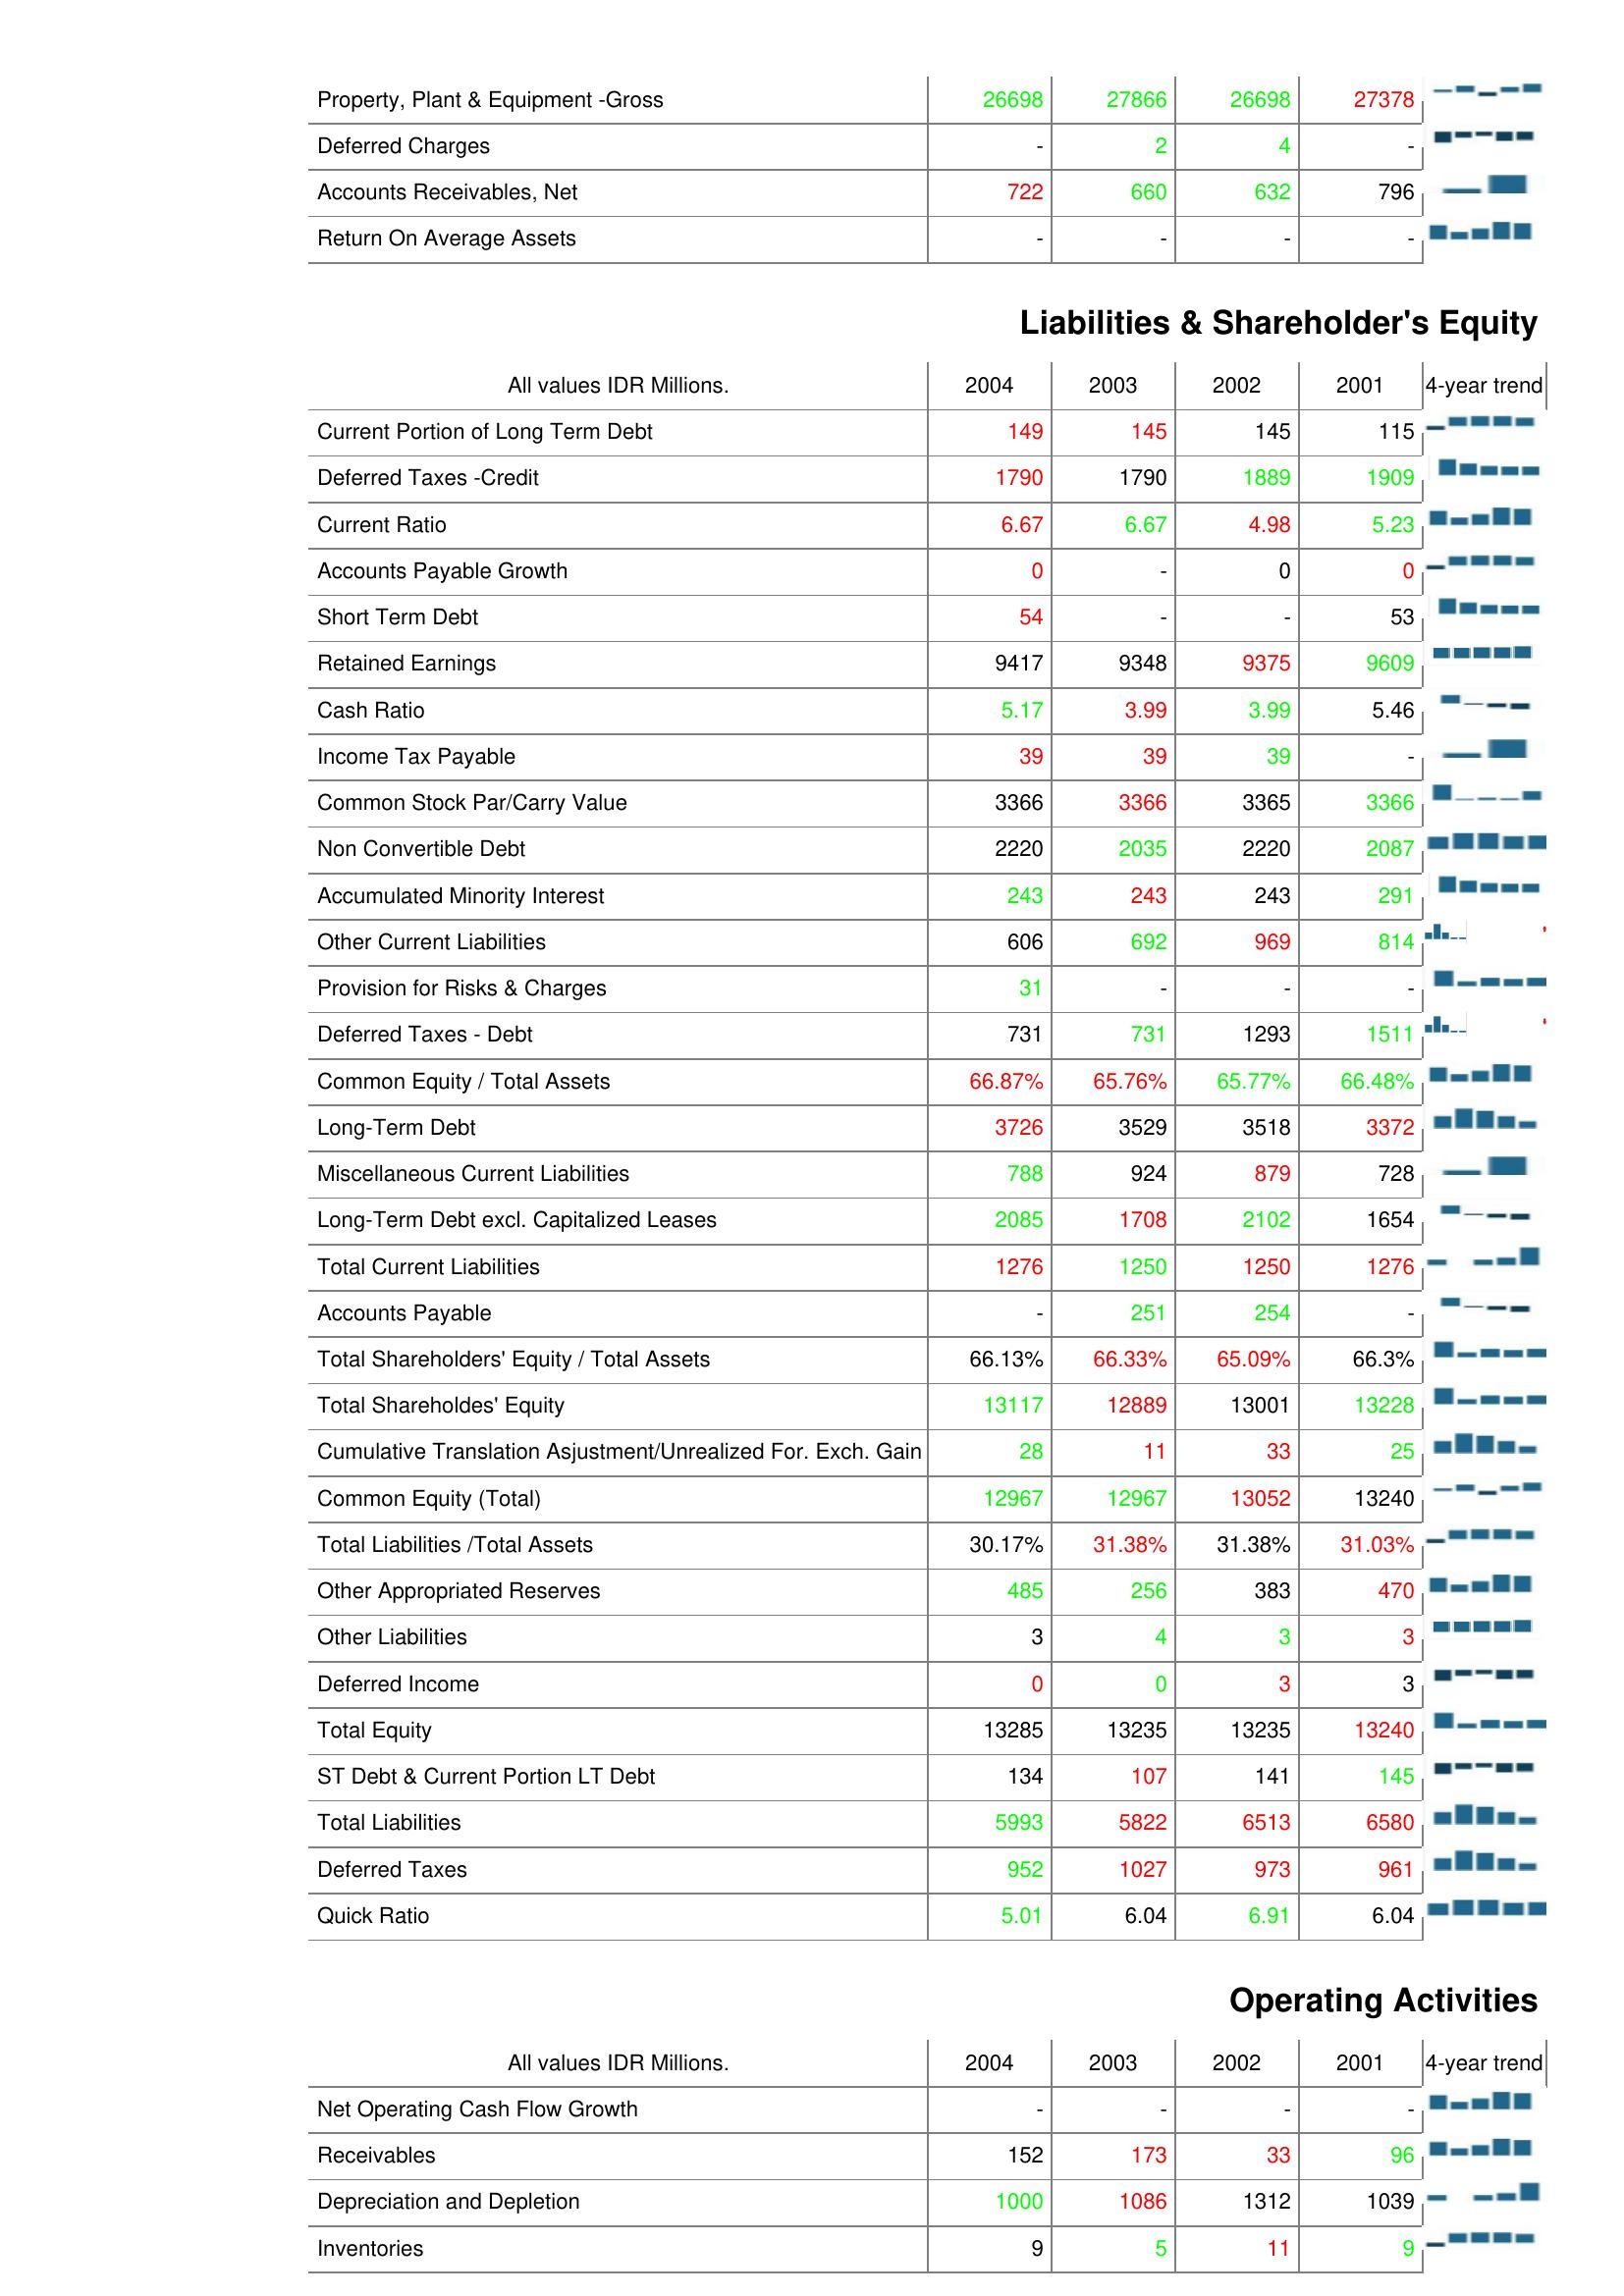
2004: Assets: Property, Plant & Equipment -Gross: 26698
Deferred Charges: -
Accounts Receivables, Net: 722
Return On Average Assets: -
Liabilities & Shareholder's Equity: Current Portion of Long Term Debt: 149
Deferred Taxes -Credit: 1790
Current Ratio: 6.67
Accounts Payable Growth: 0
Short Term Debt: 54
Retained Earnings: 9417
Cash Ratio: 5.17
Income Tax Payable: 39
Common Stock Par/Carry Value: 3366
Non Convertible Debt: 2220
Accumulated Minority Interest: 243
Other Current Liabilities: 606
Provision for Risks & Charges: 31
Deferred Taxes - Debt: 731
Common Equity / Total Assets: 66.87%
Long-Term Debt: 3726
Miscellaneous Current Liabilities: 788
Long-Term Debt excl. Capitalized Leases: 2085
Total Current Liabilities: 1276
Accounts Payable: -
Total Shareholders' Equity / Total Assets: 66.13%
Total Shareholdes' Equity: 13117
Cumulative Translation Asjustment/Unrealized For. Exch. Gain: 28
Common Equity (Total): 12967
Total Liabilities /Total Assets: 30.17%
Other Appropriated Reserves: 485
Other Liabilities: 3
Deferred Income: 0
Total Equity: 13285
ST Debt & Current Portion LT Debt: 134
Total Liabilities: 5993
Deferred Taxes: 952
Quick Ratio: 5.01
Operating Activities: Net Operating Cash Flow Growth: -
Receivables: 152
Depreciation and Depletion: 1000
Inventories: 9
2003: Assets: Property, Plant & Equipment -Gross: 27866
Deferred Charges: 2
Accounts Receivables, Net: 660
Return On Average Assets: -
Liabilities & Shareholder's Equity: Current Portion of Long Term Debt: 145
Deferred Taxes -Credit: 1790
Current Ratio: 6.67
Accounts Payable Growth: -
Short Term Debt: -
Retained Earnings: 9348
Cash Ratio: 3.99
Income Tax Payable: 39
Common Stock Par/Carry Value: 3366
Non Convertible Debt: 2035
Accumulated Minority Interest: 243
Other Current Liabilities: 692
Provision for Risks & Charges: -
Deferred Taxes - Debt: 731
Common Equity / Total Assets: 65.76%
Long-Term Debt: 3529
Miscellaneous Current Liabilities: 924
Long-Term Debt excl. Capitalized Leases: 1708
Total Current Liabilities: 1250
Accounts Payable: 251
Total Shareholders' Equity / Total Assets: 66.33%
Total Shareholdes' Equity: 12889
Cumulative Translation Asjustment/Unrealized For. Exch. Gain: 11
Common Equity (Total): 12967
Total Liabilities /Total Assets: 31.38%
Other Appropriated Reserves: 256
Other Liabilities: 4
Deferred Income: 0
Total Equity: 13235
ST Debt & Current Portion LT Debt: 107
Total Liabilities: 5822
Deferred Taxes: 1027
Quick Ratio: 6.04
Operating Activities: Net Operating Cash Flow Growth: -
Receivables: 173
Depreciation and Depletion: 1086
Inventories: 5
2002: Assets: Property, Plant & Equipment -Gross: 26698
Deferred Charges: 4
Accounts Receivables, Net: 632
Return On Average Assets: -
Liabilities & Shareholder's Equity: Current Portion of Long Term Debt: 145
Deferred Taxes -Credit: 1889
Current Ratio: 4.98
Accounts Payable Growth: 0
Short Term Debt: -
Retained Earnings: 9375
Cash Ratio: 3.99
Income Tax Payable: 39
Common Stock Par/Carry Value: 3365
Non Convertible Debt: 2220
Accumulated Minority Interest: 243
Other Current Liabilities: 969
Provision for Risks & Charges: -
Deferred Taxes - Debt: 1293
Common Equity / Total Assets: 65.77%
Long-Term Debt: 3518
Miscellaneous Current Liabilities: 879
Long-Term Debt excl. Capitalized Leases: 2102
Total Current Liabilities: 1250
Accounts Payable: 254
Total Shareholders' Equity / Total Assets: 65.09%
Total Shareholdes' Equity: 13001
Cumulative Translation Asjustment/Unrealized For. Exch. Gain: 33
Common Equity (Total): 13052
Total Liabilities /Total Assets: 31.38%
Other Appropriated Reserves: 383
Other Liabilities: 3
Deferred Income: 3
Total Equity: 13235
ST Debt & Current Portion LT Debt: 141
Total Liabilities: 6513
Deferred Taxes: 973
Quick Ratio: 6.91
Operating Activities: Net Operating Cash Flow Growth: -
Receivables: 33
Depreciation and Depletion: 1312
Inventories: 11
2001: Assets: Property, Plant & Equipment -Gross: 27378
Deferred Charges: -
Accounts Receivables, Net: 796
Return On Average Assets: -
Liabilities & Shareholder's Equity: Current Portion of Long Term Debt: 115
Deferred Taxes -Credit: 1909
Current Ratio: 5.23
Accounts Payable Growth: 0
Short Term Debt: 53
Retained Earnings: 9609
Cash Ratio: 5.46
Income Tax Payable: -
Common Stock Par/Carry Value: 3366
Non Convertible Debt: 2087
Accumulated Minority Interest: 291
Other Current Liabilities: 814
Provision for Risks & Charges: -
Deferred Taxes - Debt: 1511
Common Equity / Total Assets: 66.48%
Long-Term Debt: 3372
Miscellaneous Current Liabilities: 728
Long-Term Debt excl. Capitalized Leases: 1654
Total Current Liabilities: 1276
Accounts Payable: -
Total Shareholders' Equity / Total Assets: 66.3%
Total Shareholdes' Equity: 13228
Cumulative Translation Asjustment/Unrealized For. Exch. Gain: 25
Common Equity (Total): 13240
Total Liabilities /Total Assets: 31.03%
Other Appropriated Reserves: 470
Other Liabilities: 3
Deferred Income: 3
Total Equity: 13240
ST Debt & Current Portion LT Debt: 145
Total Liabilities: 6580
Deferred Taxes: 961
Quick Ratio: 6.04
Operating Activities: Net Operating Cash Flow Growth: -
Receivables: 96
Depreciation and Depletion: 1039
Inventories: 9